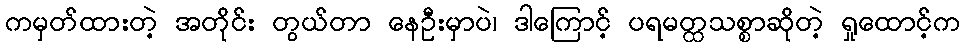
ကမှတ်ထားတဲ့ အတိုင်း တွယ်တာ နေဦးမှာပဲ၊ ဒါကြောင့် ပရမတ္ထသစ္စာဆိုတဲ့ ရှုထောင့်က